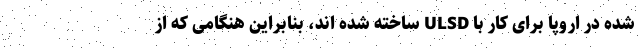
شده در اروپا برای کار با ULSD ساخته شده اند، بنابراین هنگامی که از